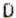
D